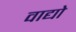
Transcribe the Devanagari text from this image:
वाद्यो